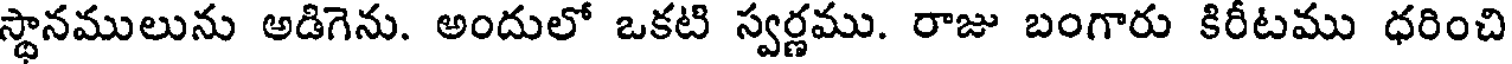
స్థానములును అడిగెను. అందులో ఒకటి స్వర్ణము. రాజు బంగారు కిరీటము ధరించి